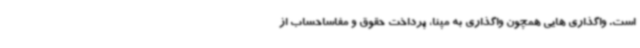
است. واگذاری هایی همچون واگذاری به مپنا، پرداخت حقوق و مفاساحساب از